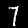
Label: 7